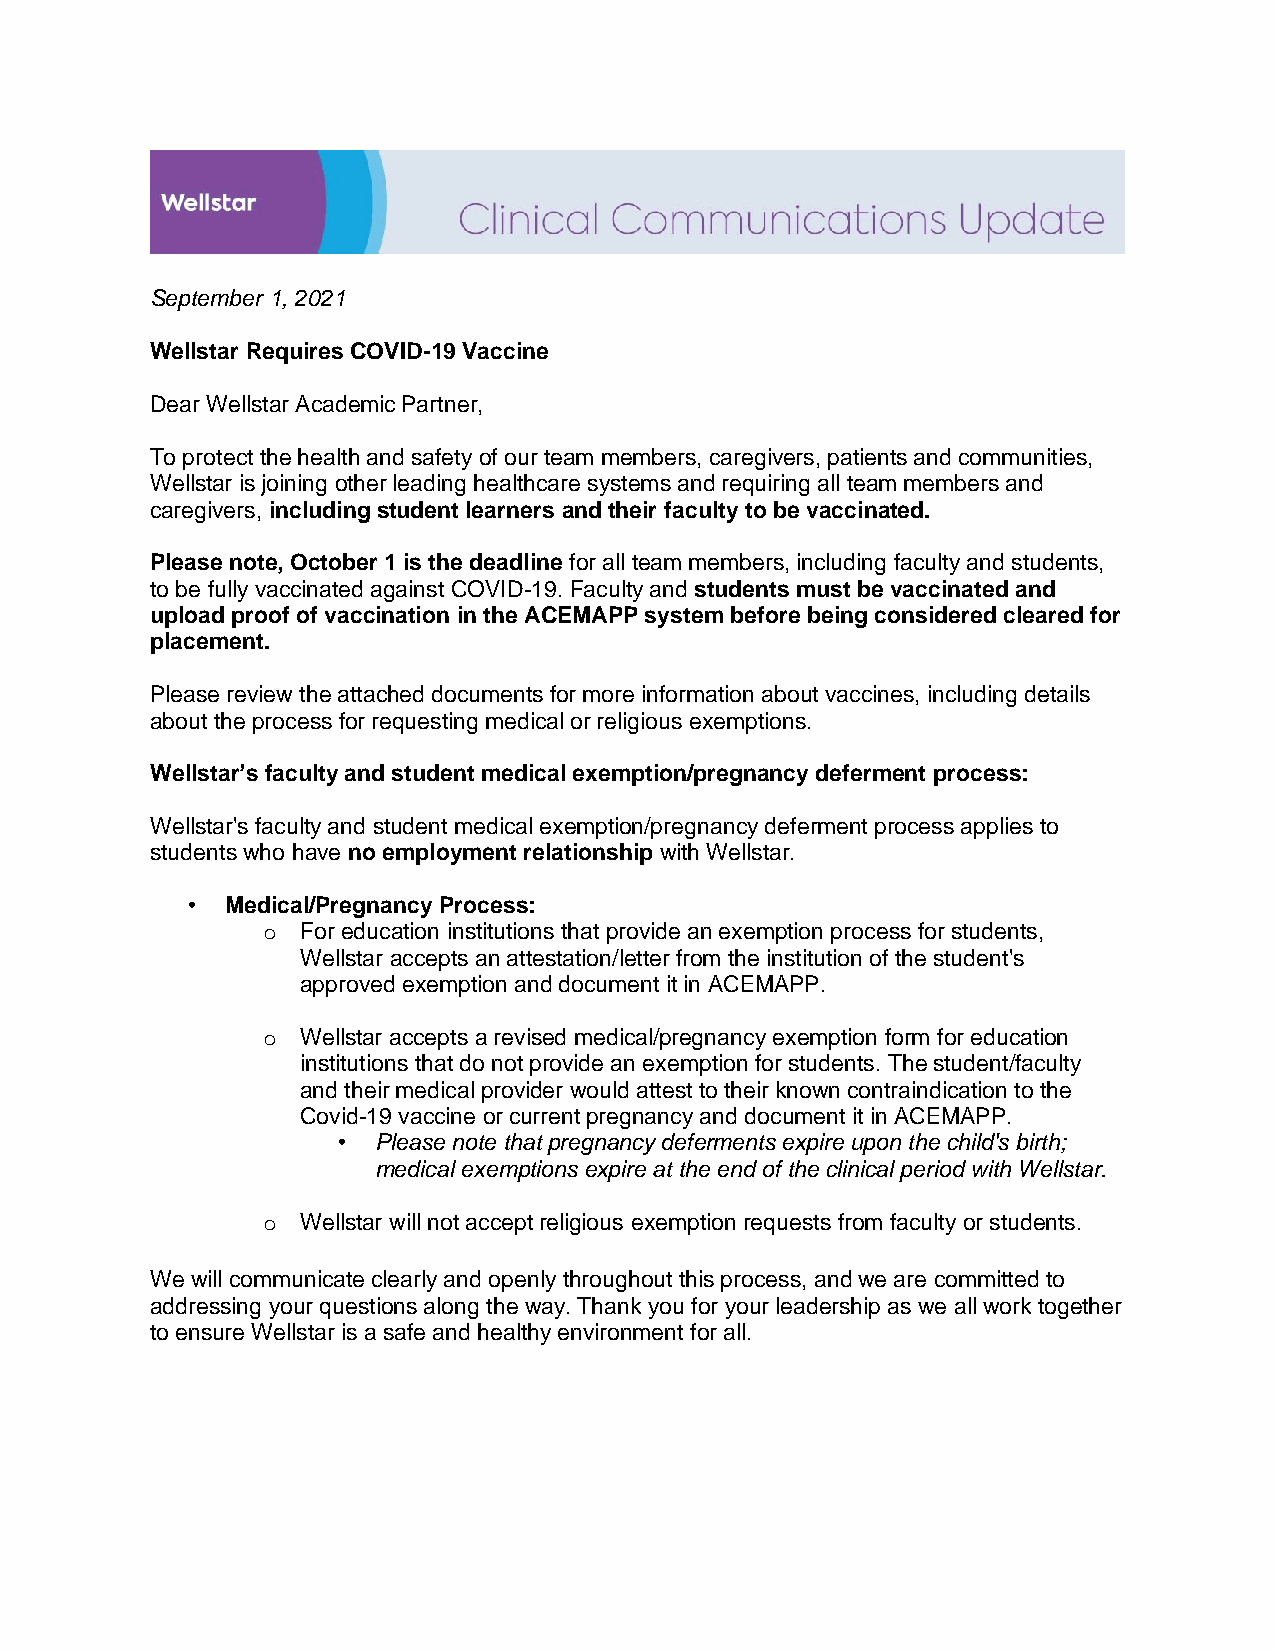
September 1, 2021
 Wellstar Requires COVID-19 Vaccine
 Dear Wellstar Academic Partner,
 To protect the health and safety of our team members, caregivers, patients and communities,
 Wellstar is joining other leading healthcare systems and requiring all team members and
 caregivers, including student learners and their faculty to be vaccinated.
 Please note, October 1 is the deadline for all team members, including faculty and students,
 to be fully vaccinated against COVID-19. Faculty and students must be vaccinated and
 upload proof of vaccination in the ACEMAPP system before being considered cleared for
 placement.
 Please review the attached documents for more information about vaccines, including details
 about the process for requesting medical or religious exemptions.
 Wellstar’s faculty and student medical exemption/pregnancy deferment process:
 Wellstar's faculty and student medical exemption/pregnancy deferment process applies to
 students who have no employment relationship with Wellstar.
 •  Medical/Pregnancy Process:
 o  For education institutions that provide an exemption process for students,
 Wellstar accepts an attestation/letter from the institution of the student's
 approved exemption and document it in ACEMAPP.
 o  Wellstar accepts a revised medical/pregnancy exemption form for education
 institutions that do not provide an exemption for students. The student/faculty
 and their medical provider would attest to their known contraindication to the
 Covid-19 vaccine or current pregnancy and document it in ACEMAPP.
 •  Please note that pregnancy deferments expire upon the child's birth;
 medical exemptions expire at the end of the clinical period with Wellstar.
 o  Wellstar will not accept religious exemption requests from faculty or students.
 We will communicate clearly and openly throughout this process, and we are committed to
 addressing your questions along the way. Thank you for your leadership as we all work together
 to ensure Wellstar is a safe and healthy environment for all.